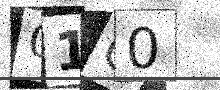
Text: 01C0